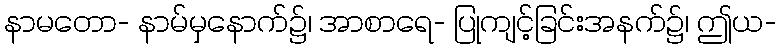
နာမတော- နာမ်မှနောက်၌၊ အာစာရေ- ပြုကျင့်ခြင်းအနက်၌၊ ဤယ-